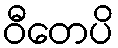
ဝီတေပိ